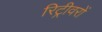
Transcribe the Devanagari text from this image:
रिट्रीवरों